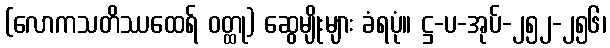
(လောကသတိဿထေရ် ဝတ္ထု) ဆွေမျိုးများ ခံရပုံ။ ဋ္ဌ-ပ-အုပ်-၂၅၂-၂၅၆၊